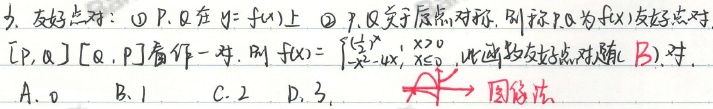
3. 友好点对：
\textcircled{1} \(P,Q\)在\(y = f(x)\)上；
\textcircled{2} \(P,Q\)关于原点对称，则称\(P,Q\)为\(f(x)\)的友好点对，\([P,Q]\)与\([Q,P]\)看作一对。

则\(f(x)=\begin{cases}e^{x},&x>0\\ \ln(-x),&x<0\end{cases}\)，此函数友好点对有（\(B\)）对。
A. \(0\)  B. \(1\)  C. \(2\)  D. \(3\)
\(\swarrow\) 图像法